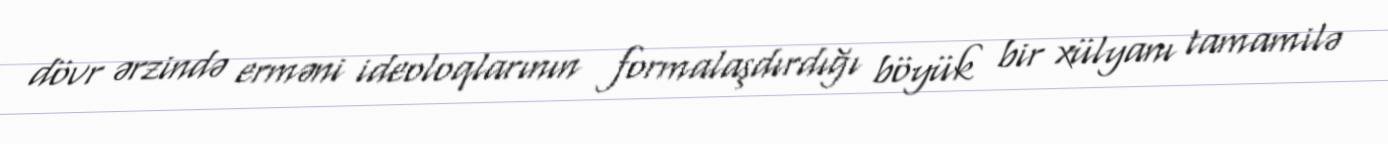
dövr ərzində erməni ideoloqlarının formalaşdırdığı böyük bir xülyanı tamamilə